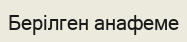
Берілген анафеме